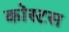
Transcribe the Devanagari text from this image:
कोस्टस